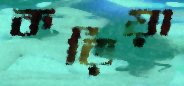
কড়িয়া